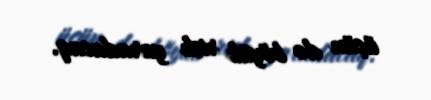
üçün də böyük risk yaradacaq.